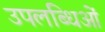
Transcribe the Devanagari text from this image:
उपलब्धिओं